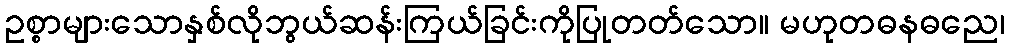
ဥစ္စာများသောနှစ်လိုဘွယ်ဆန်းကြယ်ခြင်းကိုပြုတတ်သော။ မဟုတဓနဓညေ၊